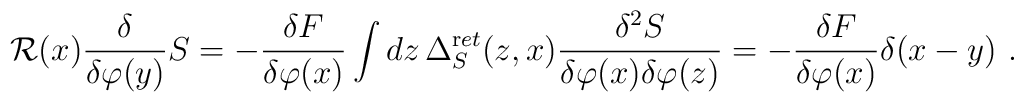
{\mathcal R}(x)\frac{\delta}{\delta\varphi(y)}S         =-\frac{\delta F}{\delta\varphi(x)}         \int dz\, \Delta_{S}^{\mathrm ret}(z,x)         \frac{\delta^2 S}{\delta\varphi(x)\delta\varphi(z)}=         -\frac{\delta F}{\delta\varphi(x)}\delta(x-y)\ .